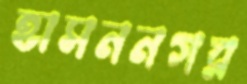
হাসননগর